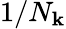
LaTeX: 1/N_{\mathbf{k}}